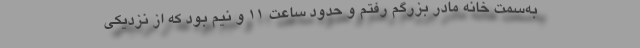
به‌سمت خانه مادر بزرگم رفتم و حدود ساعت 11 و نیم بود که از نزدیکی